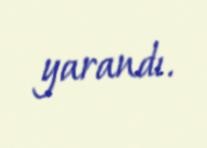
yarandı.